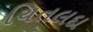
ચિતલદા